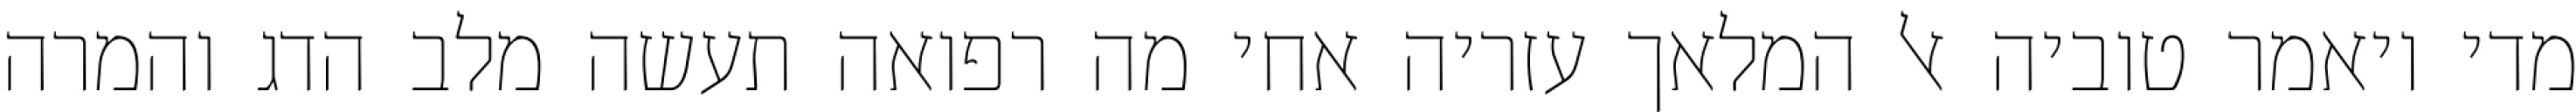
מדי ויאמר טוביה אל המלאך עזריה אחי מה רפואה תעשה מלב הדג והמרה